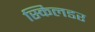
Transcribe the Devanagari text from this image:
स्किलडर